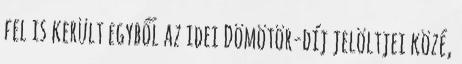
fel is került egyből az idei Dömötör-díj jelöltjei közé,